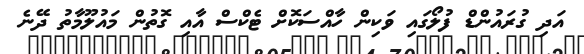
އަދި ގުރައުންޑް ފުލޯގައި ވަކިން ހާއްސަކޮށް ޓެކްސް އާއި ގޮތުން މައުލޫމާތު ދޭނެ